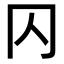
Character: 𠔿